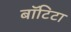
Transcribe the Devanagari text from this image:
बाॅटिटा